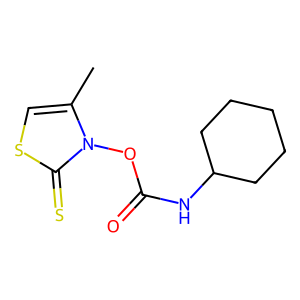
SMILES: Cc1csc(=S)n1OC(=O)NC1CCCCC1
Inhibits HIV replication: No